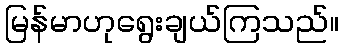
မြန်မာဟုရွေးချယ်ကြသည်။